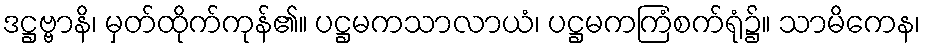
ဒဋ္ဌဗ္ဗာနိ၊ မှတ်ထိုက်ကုန်၏။ ပဋ္ဌမကသာလာယံ၊ ပဋ္ဌမကကြံစက်ရုံ၌။ သာမိကေန၊